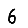
Digit: 6